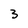
Character: 3